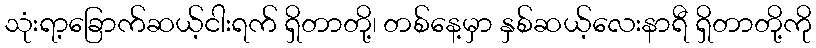
သုံးရာ့ခြောက်ဆယ့်ငါးရက် ရှိတာတို့၊ တစ်နေ့မှာ နှစ်ဆယ့်လေးနာရီ ရှိတာတို့ကို